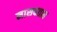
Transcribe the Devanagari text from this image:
नासवतात